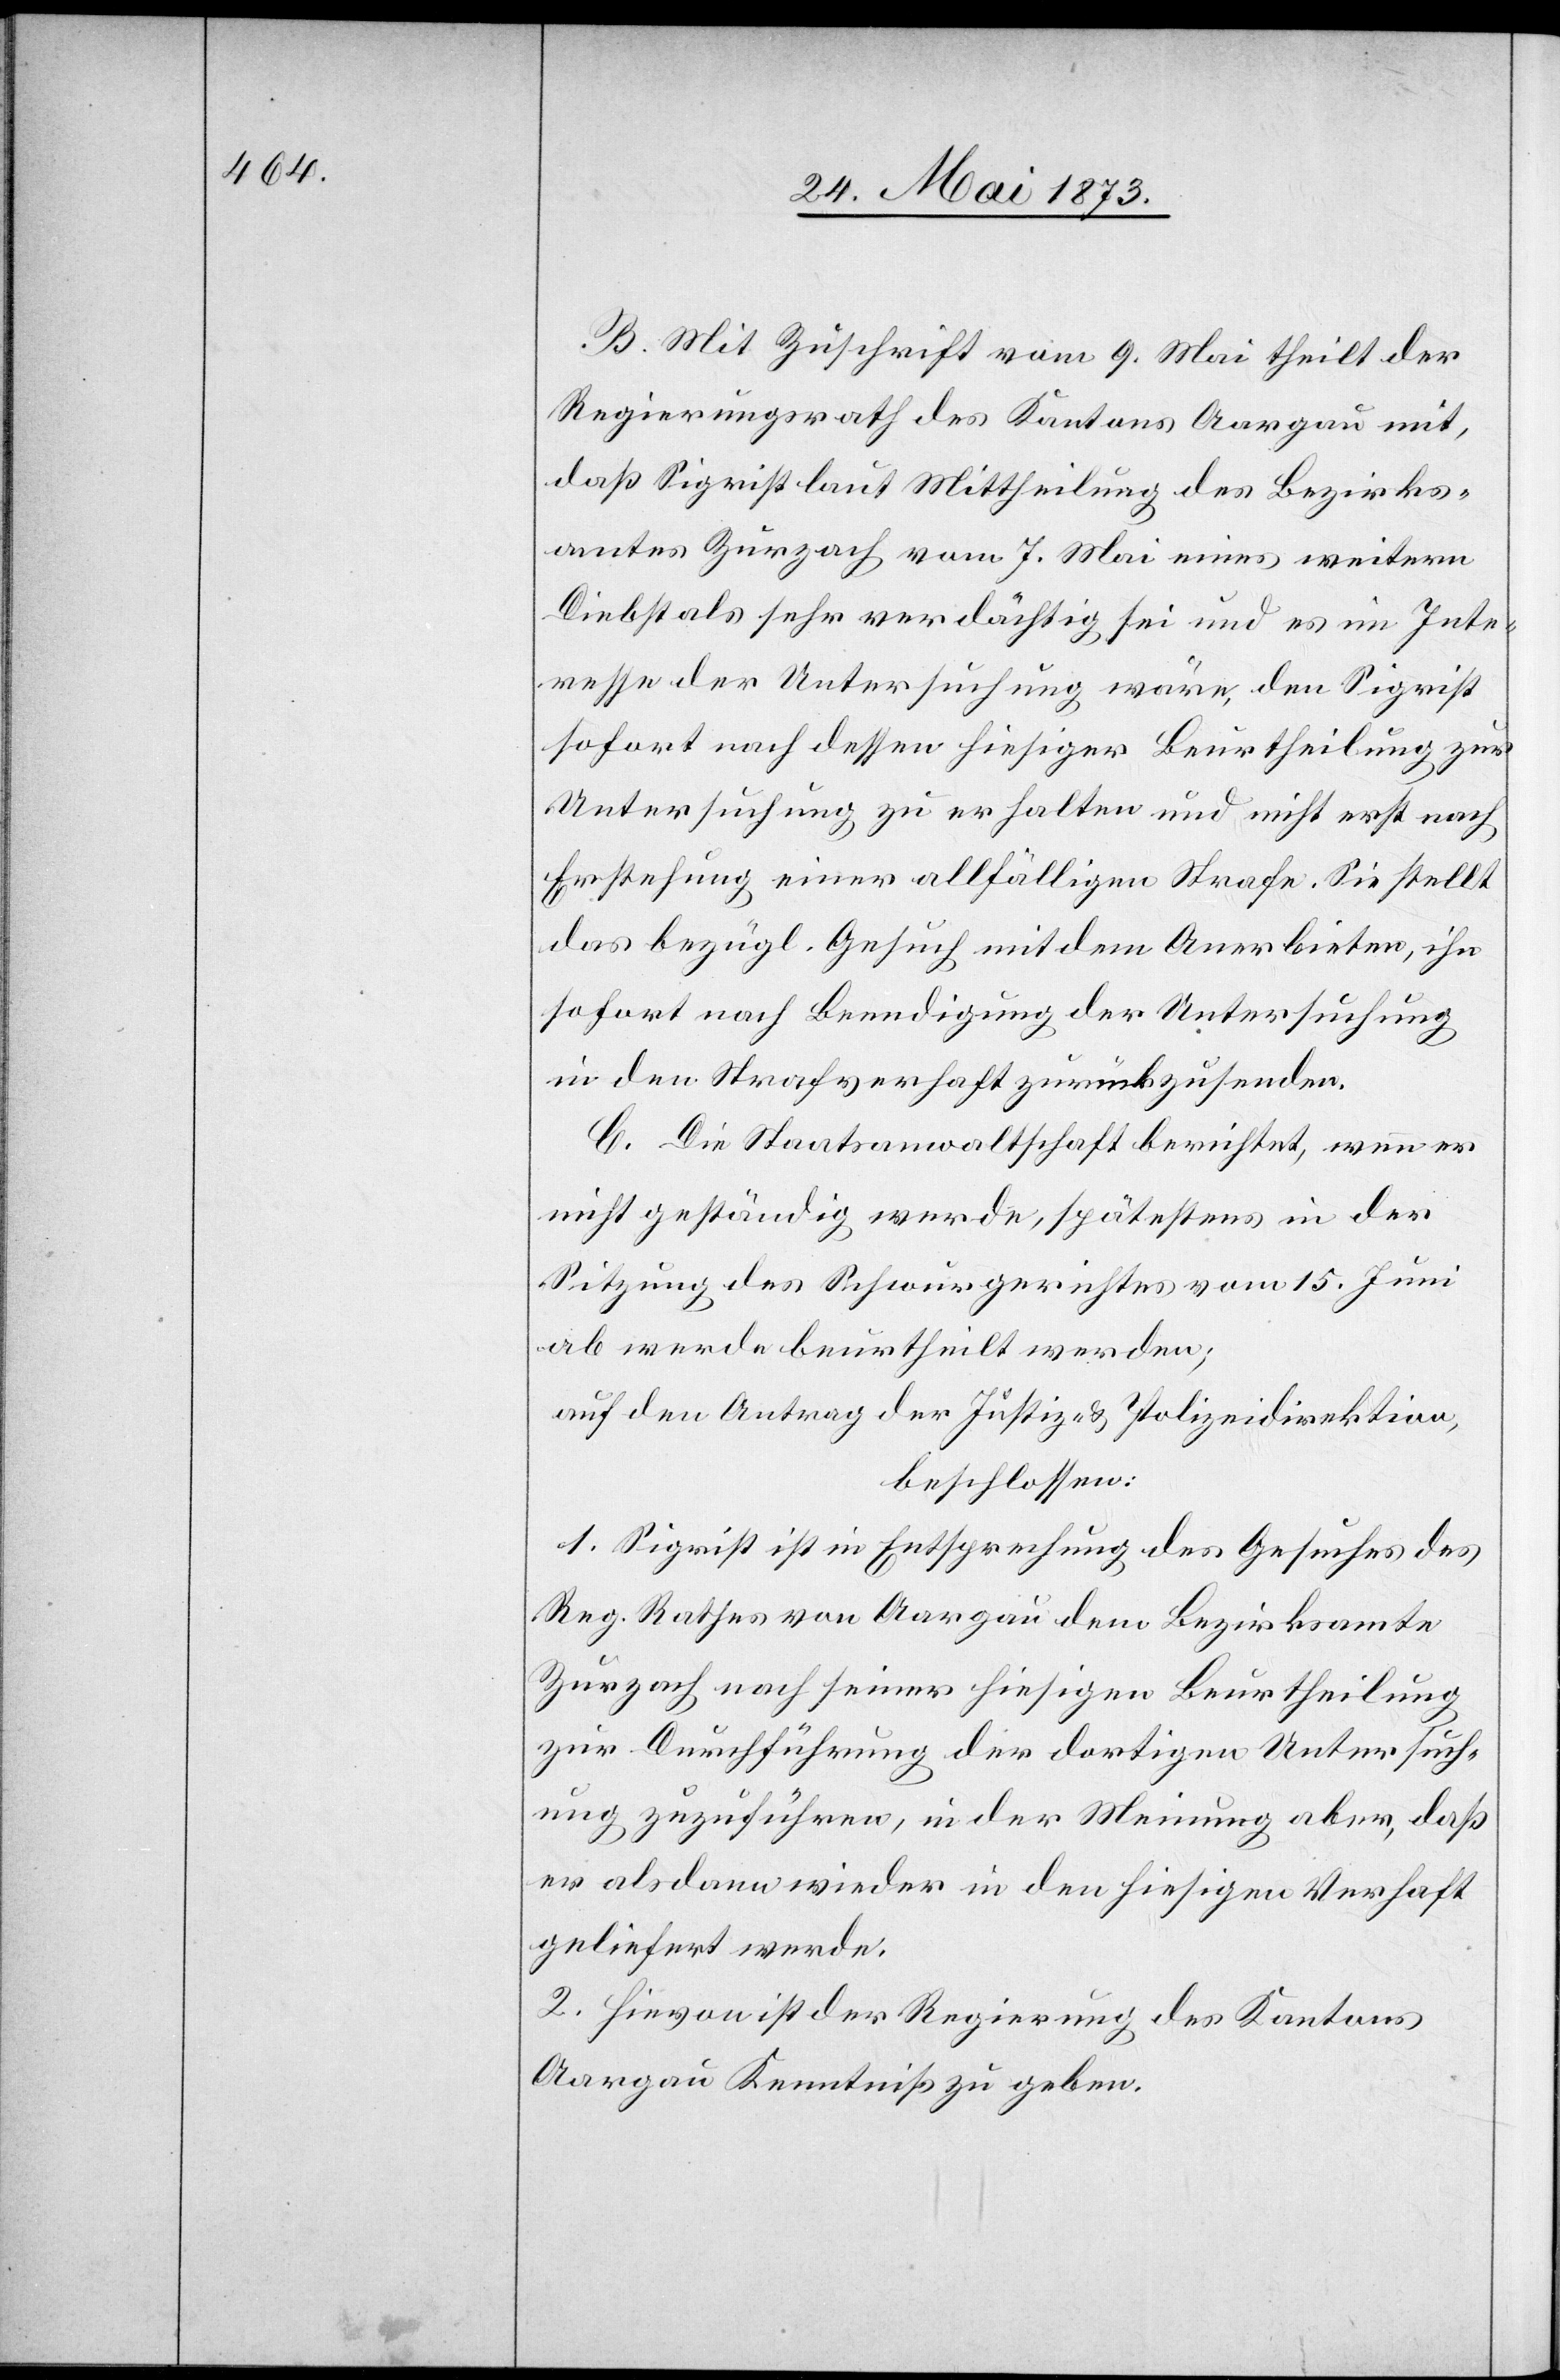
B. Mit Zuschrift vom 9. Mai theilt der
Regierungsrath des Kantons Aargau mit,
daß Sigrist laut Mittheilung des Bezirks¬
amtes Zurzach vom 7. Mai eines weitern
Diebstals sehr verdächtig sei und es im Inte¬
resse der Untersuchung wäre, den Sigrist
sofort nach dessen hiesiger Beurtheilung zur
Untersuchung zu erhalten und nicht erst nach
Erstehung einer allfälligen Strafe. Sie stellt
das bezügl. Gesuch mit dem Anerbieten, ihn
sofort nach Beendigung der Untersuchung
in den Strafverhaft zurückzusenden.
C. Die Staatsanwaltschaft berichtet, wenn er
nicht geständig werde, spätestens in der
Sitzung des Schwurgerichtes vom 15. Juni
ab werde beurtheilt werden;
auf den Antrag der Justiz- & Polizeidirektion,
beschlossen:
1. Sigrist ist in Entsprechung des Gesuches des
Reg. Rathes von Aargau dem Bezirksamte
Zurzach nach seiner hiesigen Beurtheilung
zur Durchführung der dortigen Untersuch¬
ung zuzuführen, in der Meinung aber, daß
er alsdann wieder in den hiesigen Verhaft
geliefert werde.
2. Hievon ist der Regierung des Kantons
Aargau Kenntniß zu geben.